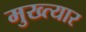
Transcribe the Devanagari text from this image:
मुख्त्यार